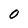
Character: O